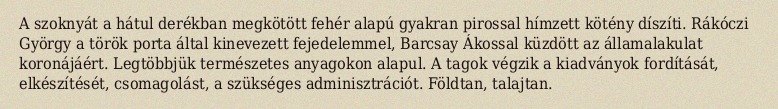
A szoknyát a hátul derékban megkötött fehér alapú gyakran pirossal hímzett kötény díszíti. Rákóczi György a török porta által kinevezett fejedelemmel, Barcsay Ákossal küzdött az államalakulat koronájáért. Legtöbbjük természetes anyagokon alapul. A tagok végzik a kiadványok fordítását, elkészítését, csomagolást, a szükséges adminisztrációt. Földtan, talajtan.